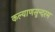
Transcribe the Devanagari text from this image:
कल्याणसुन्दरम